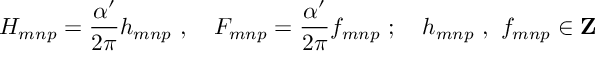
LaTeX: H _ { m n p } = \frac { \alpha ^ { \prime } } { 2 \pi } h _ { m n p } \ , \quad F _ { m n p } = \frac { \alpha ^ { \prime } } { 2 \pi } f _ { m n p } \ ; \quad h _ { m n p } \ , \ f _ { m n p } \in { \bf Z }